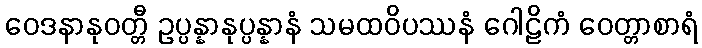
ဝေဒနာနုဝတ္တီ ဥပ္ပန္နာနုပ္ပန္နာနံ သမထဝိပဿနံ ဂေါဠိကံ ဝေတ္တာစာရံ